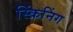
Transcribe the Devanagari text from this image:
स्क्रिंनिंग